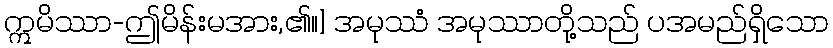
ဣမိဿာ-ဤမိန်းမအား,၏။] အမုဿံ အမုဿာတို့သည် ပအမည်ရှိသော